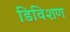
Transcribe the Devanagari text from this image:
डिविशण